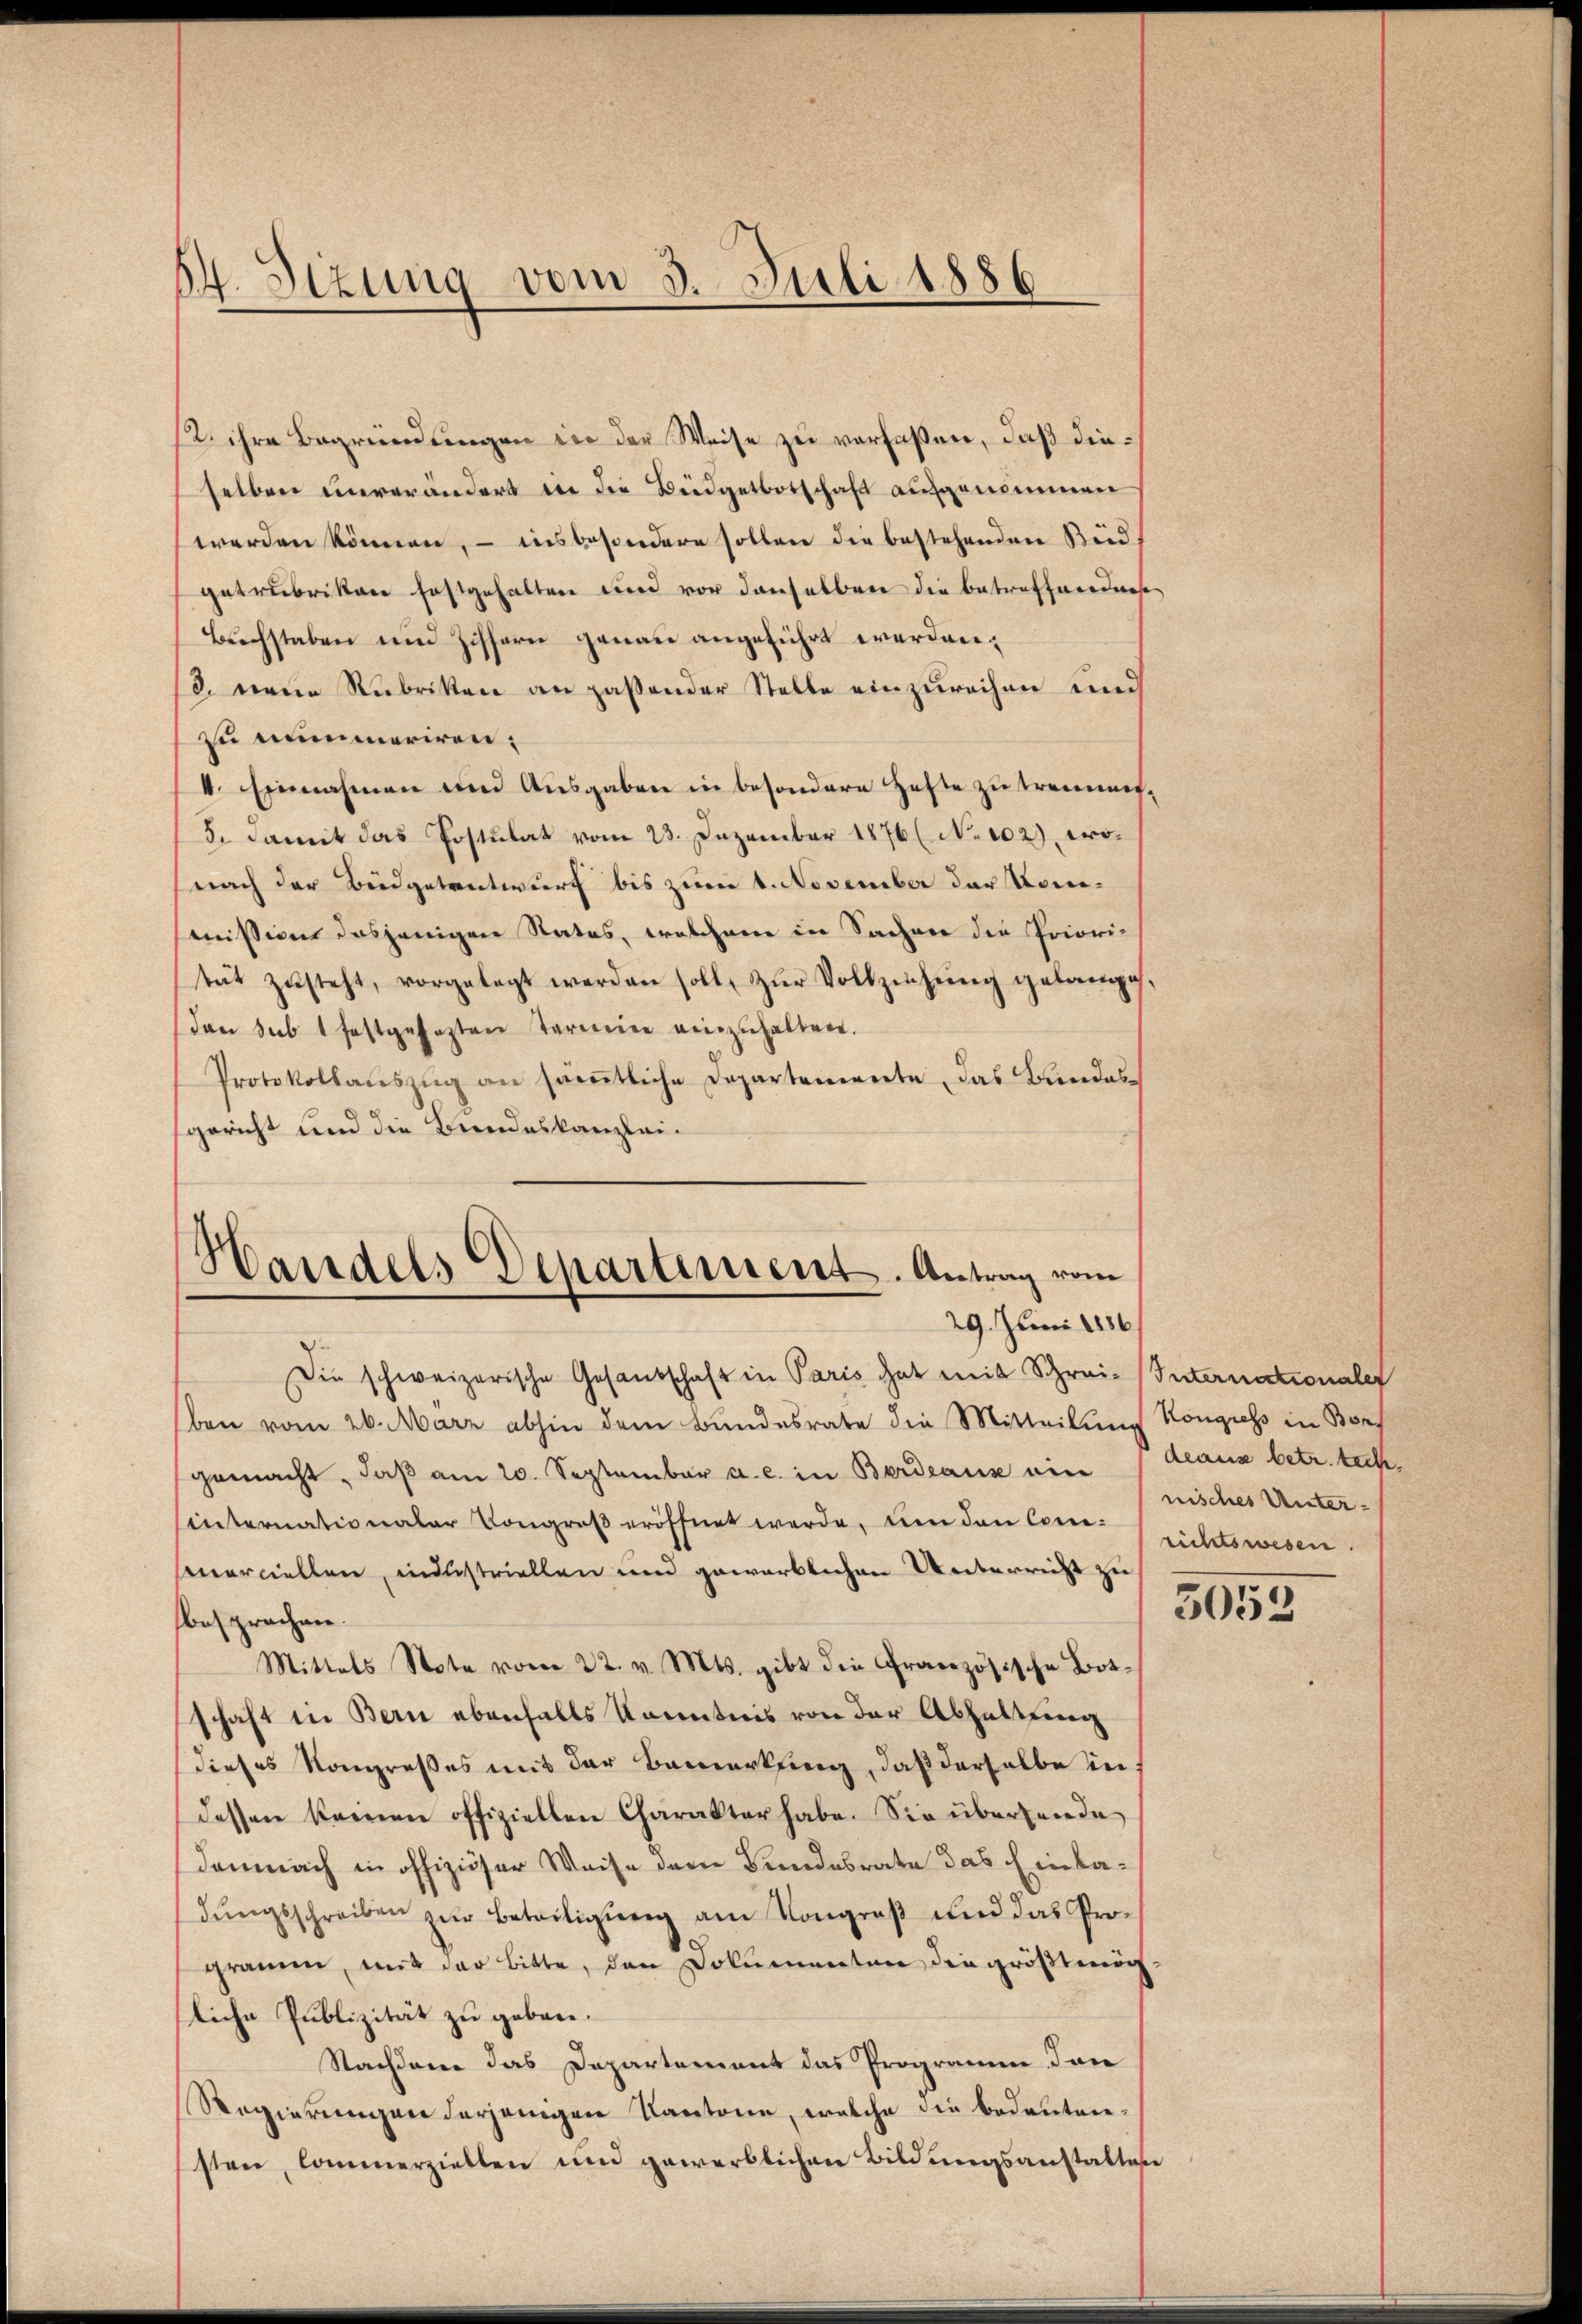
84. Sitzung vom 3. Juli 1886

12. ihre Begründungen in der Weise zu verlaßen, daß dieselben unverändert in die Büdgetbotschaft aufgenommen
werden können, – insbesondere sollen die bestehenden Büdgetrubriken festgehalten und vor denselben die betreffnerdies
Buchstaben und Ziffern genau angeführt werden;
/3. neue Rubriken an paßender Stelle einzurechen und
zu mummeriren:
4. Einnahmen und Ausgaben in besondere Hefte zu trennens¬
5. Damit das Postulat vom 23. Dezember 1876 (No 102), wonach der Budgetentwurf bis zum 1. November der Konmission dasjenigen Status, welchem in Sacher die Priori-
tät zŭsteht, vorgelegt werden soll, zŭr Vollziehŭng gelange-
(den sub 1 festgesezten Termin einzŭhalten.
Protokollauszug an sämtliche Departemente, das Bundessgericht und die Bundeskanzlei.

Handels Departement. Antrag vom
29. Juni 1836.

Die schweizerische Gesandschaft in Paris hat mit Schrei- (Internationale
ben vom 26. März abhin dem Bundesrate die Mitteilung Kongress in Bor
gemacht, daß am 20. September a. c. in Berdeaus ein, Glanz betr. tech
sinternationaler Kongroß eröffnet werde, um den Conserciellen, industriellen und gewärtlichen Unterricht zu
besprochen.
Mittels Note vom 22. v. Mts. gibt die Französische Botschaft in Bern ebenfalls Kenntnis von der Abhaltung
dieses Kongreßes mit der Bemerkung, daß derselbe in
dessen kamen offiziellen Charakter habe. Sie überhande
demnach in offiziöser Weise der Bundesrate das Einladungsschreiben zur Beteitigung am Kongroß und das Progräume, mit der Bitte, den Dolumenten die größtmö
liche Publizität zu geben.
Nachdene das Departement das Programm dan
Regierungen derjenigen Kantone, welche die bedeutensten, Commerziellen und gewerblichen Bildungsanstalten

nisches Unter-
richtswesen.

5055